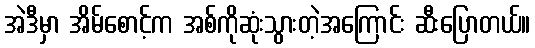
အဲဒီမှာ အိမ်စောင့်က အစ်ကိုဆုံးသွားတဲ့အကြောင်း ဆီးပြောတယ်။